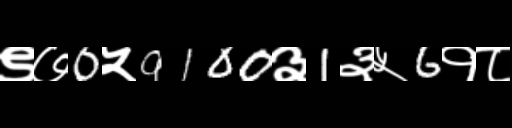
Text: ९७0५9100३1३५6१८